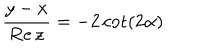
\frac { y - x } { \mathrm { R e } \, z } = - 2 \cot ( 2 \alpha )